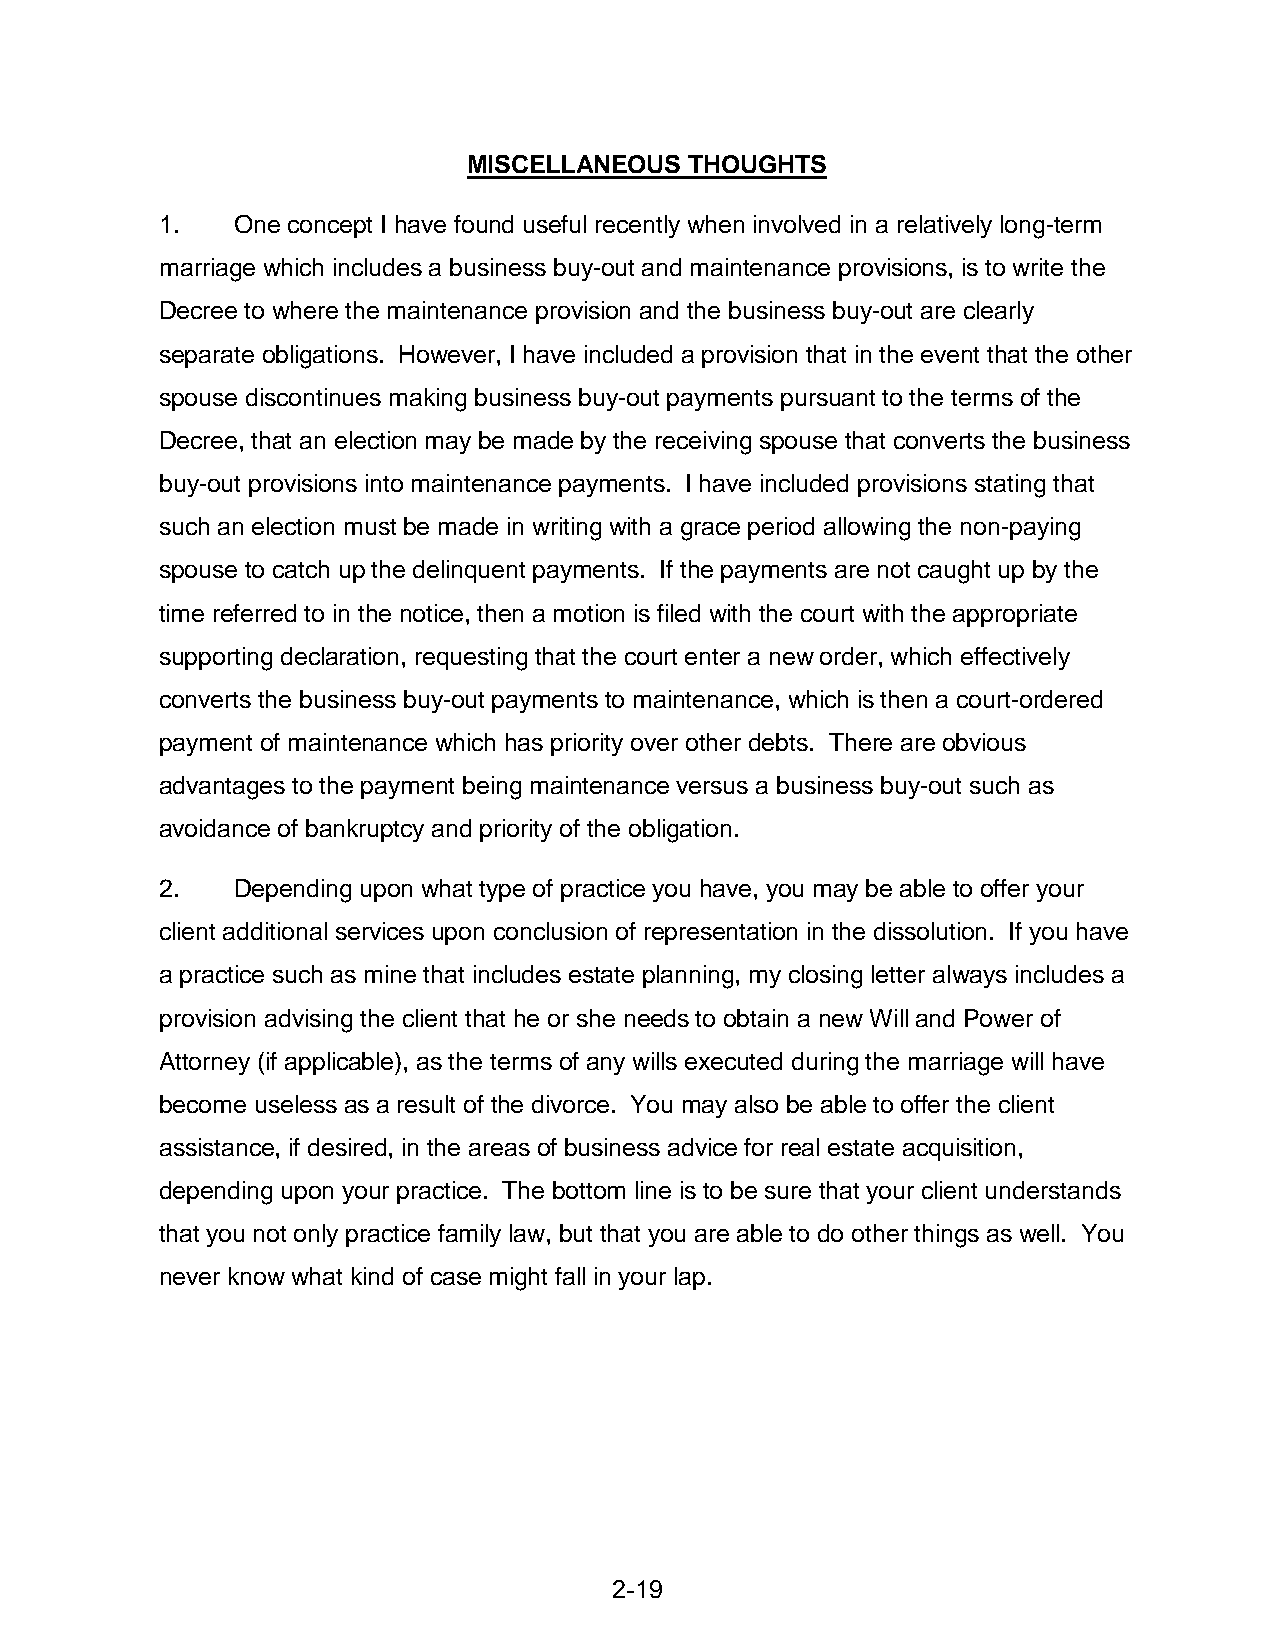
MISCELLANEOUS  THOUGHTS
 1.   One concept I have found useful recently when involved in a relatively long-term
 marriage which includes a business buy-out and maintenance provisions, is to write the
 Decree to where the maintenance provision and the business buy-out are clearly
 separate obligations. However, I have included a provision that in the event that the other
 spouse discontinues making business buy-out payments pursuant to the terms of the
 Decree, that an election may be made by the receiving spouse that converts the business
 buy-out provisions into maintenance payments. I have included provisions stating that
 such an election must be made in writing with a grace period allowing the non-paying
 spouse to catch up the delinquent payments. If the payments are not caught up by the
 time referred to in the notice, then a motion is filed with the court with the appropriate
 supporting declaration, requesting that the court enter a new order, which effectively
 converts the business buy-out payments to maintenance, which is then a court-ordered
 payment of maintenance which has priority over other debts. There are obvious
 advantages to the payment being maintenance versus a business buy-out such as
 avoidance of bankruptcy and priority of the obligation.
 2.   Depending upon what type of practice you have, you may be able to offer your
 client additional services upon conclusion of representation in the dissolution. If you have
 a practice such as mine that includes estate planning, my closing letter always includes a
 provision advising the client that he or she needs to obtain a new Will and Power of
 Attorney (if applicable), as the terms of any wills executed during the marriage will have
 become useless as a result of the divorce. You may also be able to offer the client
 assistance, if desired, in the areas of business advice for real estate acquisition,
 depending upon your practice. The bottom line is to be sure that your client understands
 that you not only practice family law, but that you are able to do other things as well. You
 never know what kind of case might fall in your lap.
 2-19